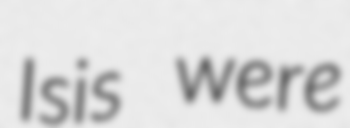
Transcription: Isis were